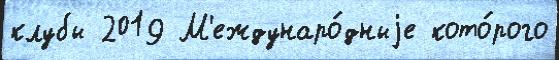
клубы 2019 М'еждунаро́дныjе кото́рого